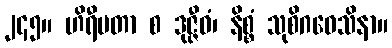
၂၄၅။ ဟိရီမတာ စ ဒုဇ္ဇီဝံ၊ နိစ္စံ သုစိဂဝေသိနာ။